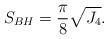
LaTeX: \begin{align*}S_{BH}={\pi\over 8}\sqrt{J_4}.\end{align*}